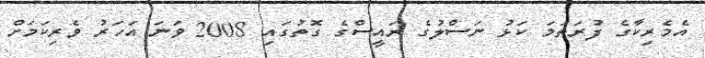
އެމެރިކާގެ ފުރަތަމަ ކަޅު ނަސްލުގެ ރައީސްގެ ގޮތުގައި 2008 ވަނަ އަހަރު ވެރިކަމަށް